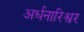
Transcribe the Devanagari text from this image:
अर्धनारिश्वर